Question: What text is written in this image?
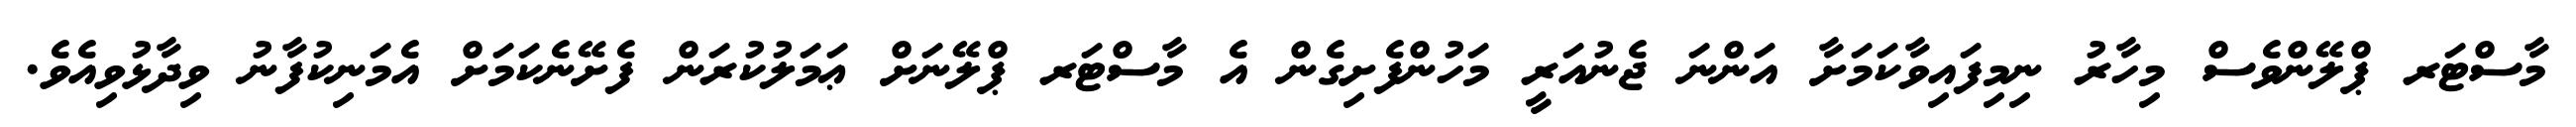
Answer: މާސްޓަރ ޕްލޭންވެސް މިހާރު ނިމިފައިވާކަމަށާ އަންނަ ޖެނުއަރީ މަހުންފެށިގެން އެ މާސްޓަރ ޕްލޭނަށް ޢަމަލުކުރަން ފެށޭނެކަމަށް އެމަނިކުފާނު ވިދާޅުވިއެވެ.